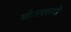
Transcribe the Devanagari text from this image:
घोरस्वरूपी